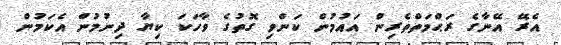
އެރޭ އޭނާގެ ރަޙްމަތްތެރިން އައުމުން ކަންވި ގޮތުގެ ވާހަކަ ކިޔާ ދިނުމުން އެކަމުން